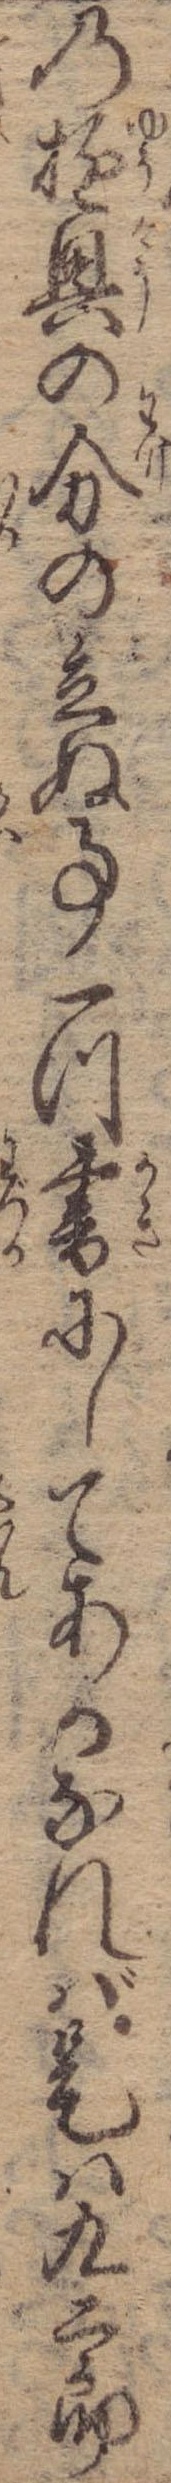
の遊興の分の立ぬ事一つ書にしてあるなれば是は九二郎